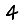
Digit: 4